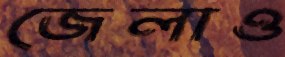
জেলাও